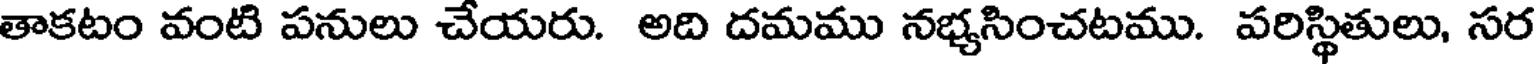
తాకటం వంటి పనులు చేయరు. అది దమము నభ్యసించటము. పరిస్థితులు, సర